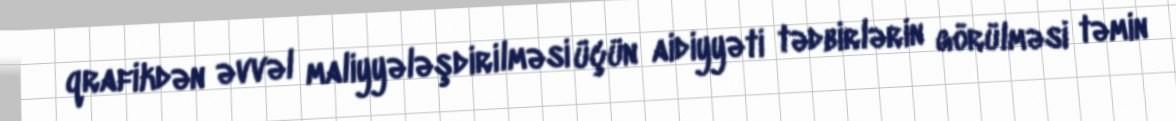
qrafikdən əvvəl maliyyələşdirilməsi üçün aidiyyəti tədbirlərin görülməsi təmin